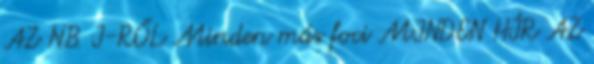
AZ NB I-RŐL Minden más foci MINDEN HÍR AZ